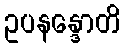
ဥပနန္ဒောတိ